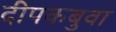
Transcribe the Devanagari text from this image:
दीपकबुवा